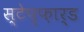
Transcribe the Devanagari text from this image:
स्टेप्फ़ार्ड